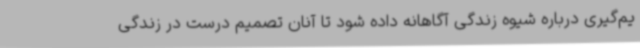
یم‌گیری درباره شیوه زندگی آگاهانه داده شود تا آنان تصمیم درست در زندگی